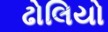
ઢોલિયો